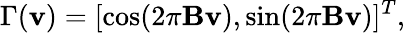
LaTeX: \Gamma(\mathbf{v})=[\cos(2\pi\mathbf{B}\mathbf{v}),\sin(2\pi\mathbf{B}\mathbf{v})]^{T},